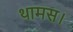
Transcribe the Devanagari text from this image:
थामस।